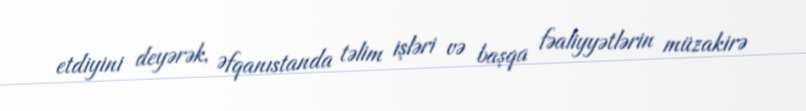
etdiyini deyərək, Əfqanıstanda təlim işləri və başqa fəaliyyətlərin müzakirə